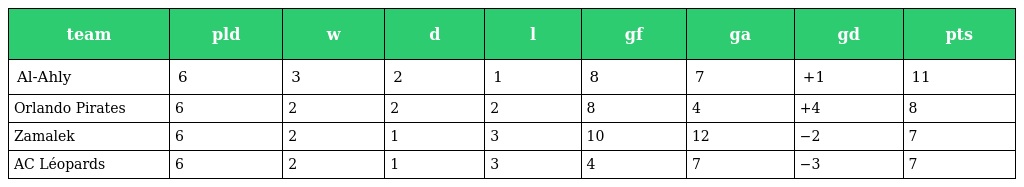
| team | pld | w | d | l | gf | ga | gd | pts |
 | --- | --- | --- | --- | --- | --- | --- | --- | --- |
 | Al-Ahly | 6 | 3 | 2 | 1 | 8 | 7 | +1 | 11 |
 | Orlando Pirates | 6 | 2 | 2 | 2 | 8 | 4 | +4 | 8 |
 | Zamalek | 6 | 2 | 1 | 3 | 10 | 12 | −2 | 7 |
 | AC Léopards | 6 | 2 | 1 | 3 | 4 | 7 | −3 | 7 |